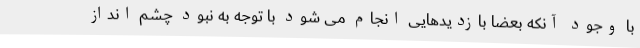
با وجود آنکه بعضاً بازدیدهایی انجام می شود با توجه به نبود چشم انداز